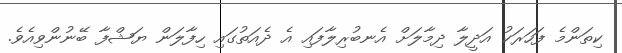
ކިތަންމެ ފަހަރަކު އަދީލާ ދިމާލަށް އެނބުރިލާފައި އެ ދެއަތުގައި ހިފާލަން ޔަޝްފާ ބޭނުންވިއެވެ.